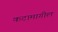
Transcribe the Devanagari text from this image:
कटामागील